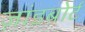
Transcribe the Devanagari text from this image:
ज़ांडबोर्ट